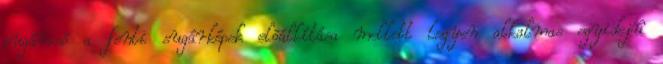
sugárcsõ a fenti sugárképek elõállítása mellett legyen alkalmas egyidejû